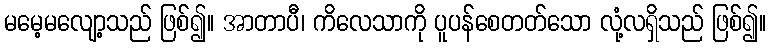
မမေ့မလျော့သည် ဖြစ်၍။ အာတာပီ၊ ကိလေသာကို ပူပန်စေတတ်သော လုံ့လရှိသည် ဖြစ်၍။